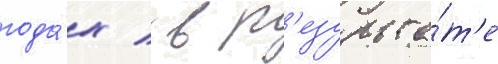
года́х / в р'езульта́т'е